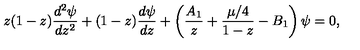
z ( 1 - z ) { \frac { d ^ { 2 } \psi } { d z ^ { 2 } } } + ( 1 - z ) { \frac { d \psi } { d z } } + \left( { \frac { A _ { 1 } } { z } } + { \frac { \mu / 4 } { 1 - z } } - B _ { 1 } \right) \psi = 0 ,